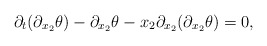
\begin{align*}\partial_t (\partial_{x_2} \theta) - \partial_{x_2} \theta - x_2 \partial_{x_2} (\partial_{x_2}\theta) =0,\end{align*}